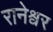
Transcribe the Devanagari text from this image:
रानेश्वर